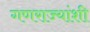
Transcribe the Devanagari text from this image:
गणराज्यांशी